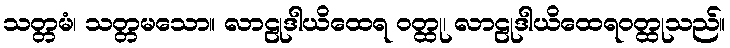
သတ္တမံ၊ သတ္တမသော။ လာဠုဒါယိထေရ ဝတ္ထု၊ လာဠုဒါယိထေရဝတ္ထုသည်။